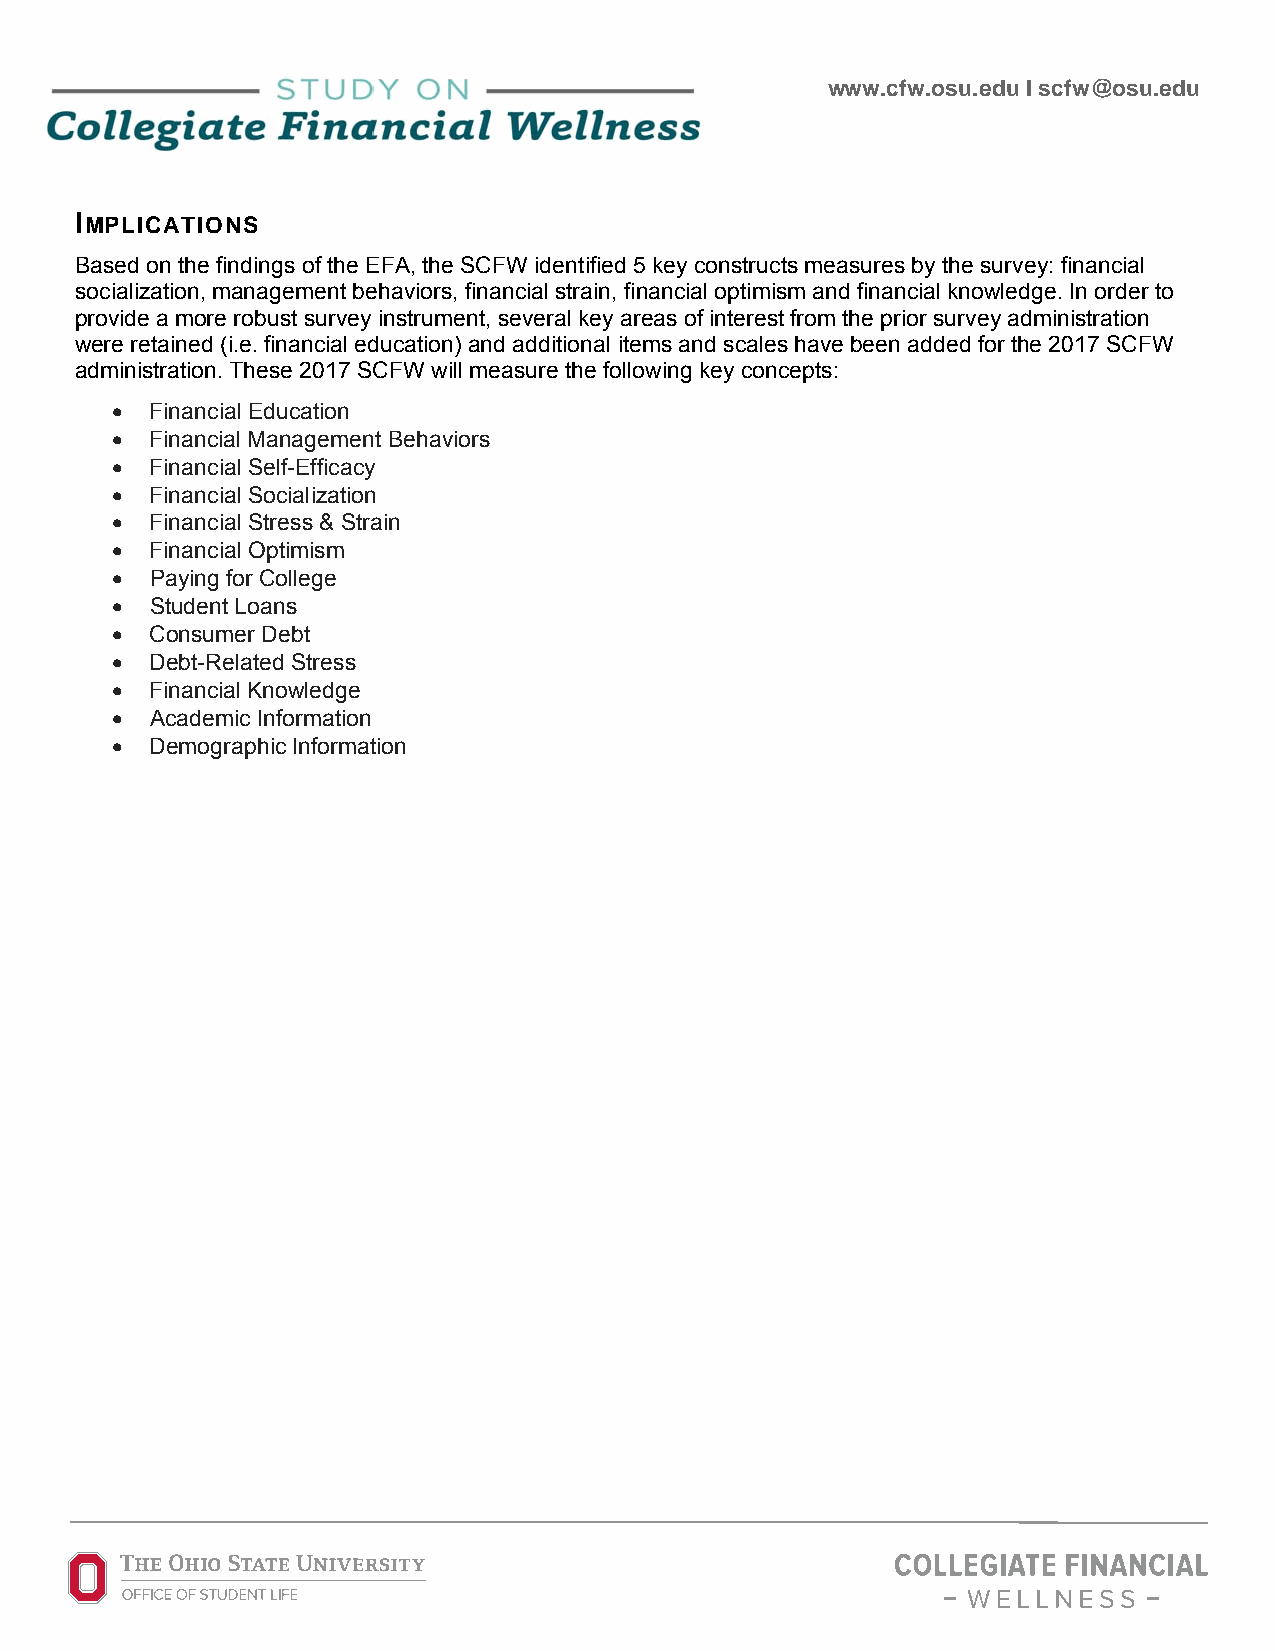
www.cfw.osu.edu I scfw@osu.edu
 IMPLICATIONS
 Based on the findings of the EFA, the SCFW identified 5 key constructs measures by the survey: financial
 socialization, management behaviors, financial strain, financial optimism and financial knowledge. In order to
 provide a more robust survey instrument, several key areas of interest from the prior survey administration
 were retained (i.e. financial education) and additional items and scales have been added for the 2017 SCFW
 administration. These 2017 SCFW will measure the following key concepts:
   Financial Education
   Financial Management Behaviors
   Financial Self-Efficacy
   Financial Socialization
   Financial Stress & Strain
   Financial Optimism
   Paying for College
   Student Loans
   Consumer Debt
   Debt-Related Stress
   Financial Knowledge
   Academic Information
   Demographic Information